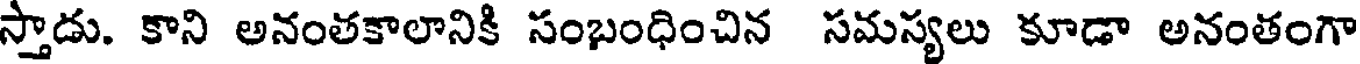
స్తాడు. కాని అనంతకాలానికి సంబంధించిన సమస్యలు కూడా అనంతంగా